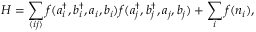
H = \sum _ { \langle i j \rangle } f ( a _ { i } ^ { \dagger } , b _ { i } ^ { \dagger } , a _ { i } , b _ { i } ) f ( a _ { j } ^ { \dagger } , b _ { j } ^ { \dagger } , a _ { j } , b _ { j } ) + \sum _ { i } f ( n _ { i } ) ,